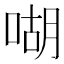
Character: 㗅